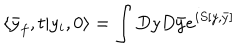
LaTeX: \langle \bar { y } _ { f } , t | y _ { i } , 0 \rangle = \int D y D \bar { y } e ^ { i S [ y , \bar { y } ] }